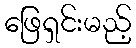
ဖြေရှင်းမည့်